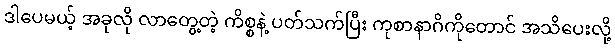
ဒါပေမယ့် အခုလို လာတွေ့တဲ့ ကိစ္စနဲ့ ပတ်သက်ပြီး ကုစာနာဂိကိုတောင် အသိပေးလို့